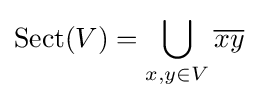
\operatorname {Sect} (V)=\bigcup _{x,y\in V}{\overline {xy}}